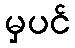
မှပင်